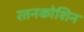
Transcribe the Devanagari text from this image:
रतनकोशिन